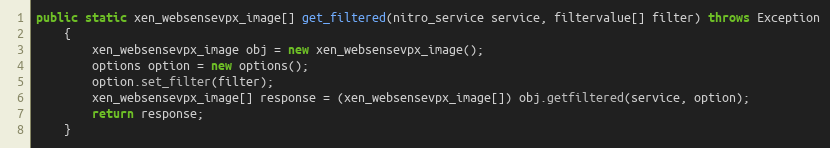
Language: Java
public static xen_websensevpx_image[] get_filtered(nitro_service service, filtervalue[] filter) throws Exception
	{
		xen_websensevpx_image obj = new xen_websensevpx_image();
		options option = new options();
		option.set_filter(filter);
		xen_websensevpx_image[] response = (xen_websensevpx_image[]) obj.getfiltered(service, option);
		return response;
	}